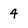
Character: 4